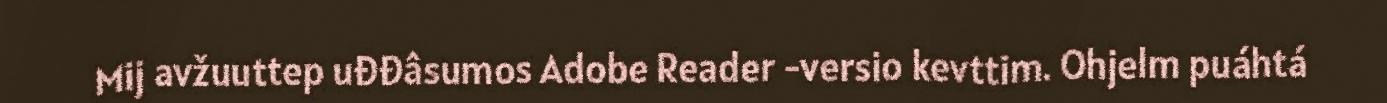
Mij avžuuttep uđđâsumos Adobe Reader -versio kevttim. Ohjelm puáhtá